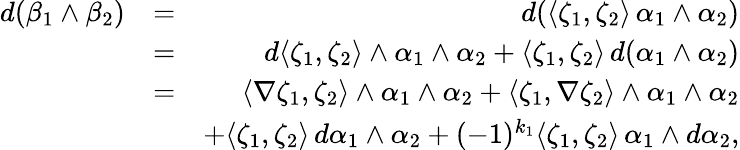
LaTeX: \begin{array}{rlr}{d(\beta_{1}\wedge\beta_{2})}&{=}&{d(\langle\zeta_{1},\zeta_{2}\rangle\, \alpha_{1}\wedge\alpha_{2})}\\ &{=}&{d\langle\zeta_{1},\zeta_{2}\rangle\wedge\alpha_{1}\wedge\alpha_{2}+\langle\zeta_{1},\zeta_{2}\rangle\, d(\alpha_{1}\wedge\alpha_{2})}\\ &{=}&{\langle\nabla\zeta_{1},\zeta_{2}\rangle\wedge\alpha_{1}\wedge\alpha_{2}+\langle\zeta_{1},\nabla\zeta_{2}\rangle\wedge\alpha_{1}\wedge\alpha_{2}}\\ &{}&{+\langle\zeta_{1},\zeta_{2}\rangle\, d\alpha_{1}\wedge\alpha_{2}+(-1)^{k_{1}}\langle\zeta_{1},\zeta_{2}\rangle\, \alpha_{1}\wedge d\alpha_{2},}\end{array}